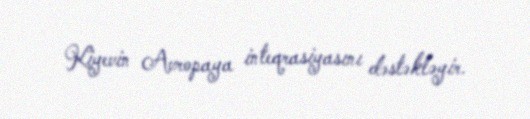
Kiyevin Avropaya inteqrasiyasını dəstəkləyir.